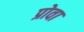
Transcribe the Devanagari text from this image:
प्रोवा